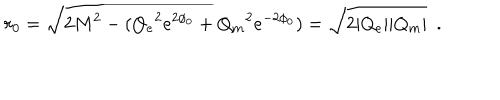
LaTeX: r _ { 0 } = \sqrt { 2 M ^ { 2 } - ( { Q _ { e } } ^ { 2 } e ^ { 2 \phi _ { 0 } } + { Q _ { m } } ^ { 2 } e ^ { - 2 \phi _ { 0 } } ) } = \sqrt { 2 | Q _ { e } | | Q _ { m } | } ~ ~ .